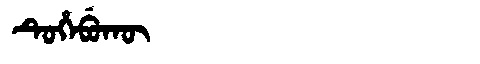
Manchu: ᡨᡠᡥᡝᠪᡠᡴᡡ
Romanization: TUHEBUKŪ